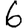
Digit: 6